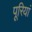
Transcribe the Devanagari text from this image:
पूरियां